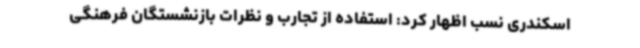
اسکندری نسب اظهار کرد: استفاده از تجارب و نظرات بازنشستگان فرهنگی